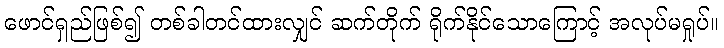
ဖောင်ရှည်ဖြစ်၍ တစ်ခါတင်ထားလျှင် ဆက်တိုက် ရိုက်နိုင်သောကြောင့် အလုပ်မရှုပ်။